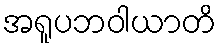
အရူပဘဝါယာတိ